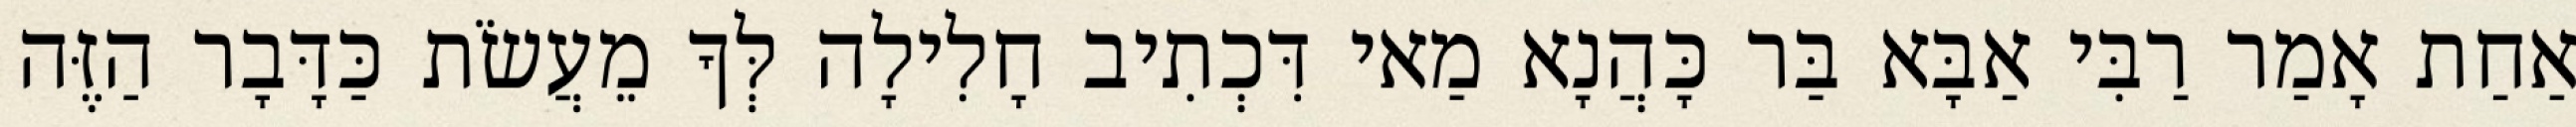
אַחַת אָמַר רַבִּי אַבָּא בַּר כָּהֲנָא מַאי דִּכְתִיב חָלִילָה לְּךָ מֵעֲשֹׂת כַּדָּבָר הַזֶּה